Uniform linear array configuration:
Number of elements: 8
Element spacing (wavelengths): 1
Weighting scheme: kaiser
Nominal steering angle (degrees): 45
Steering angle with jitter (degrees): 45.346
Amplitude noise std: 0.05
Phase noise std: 0.05

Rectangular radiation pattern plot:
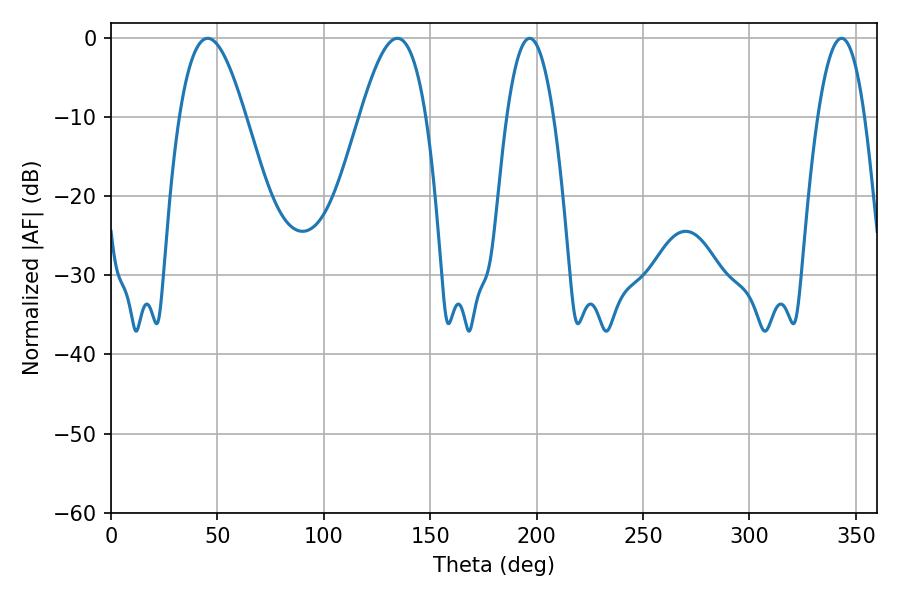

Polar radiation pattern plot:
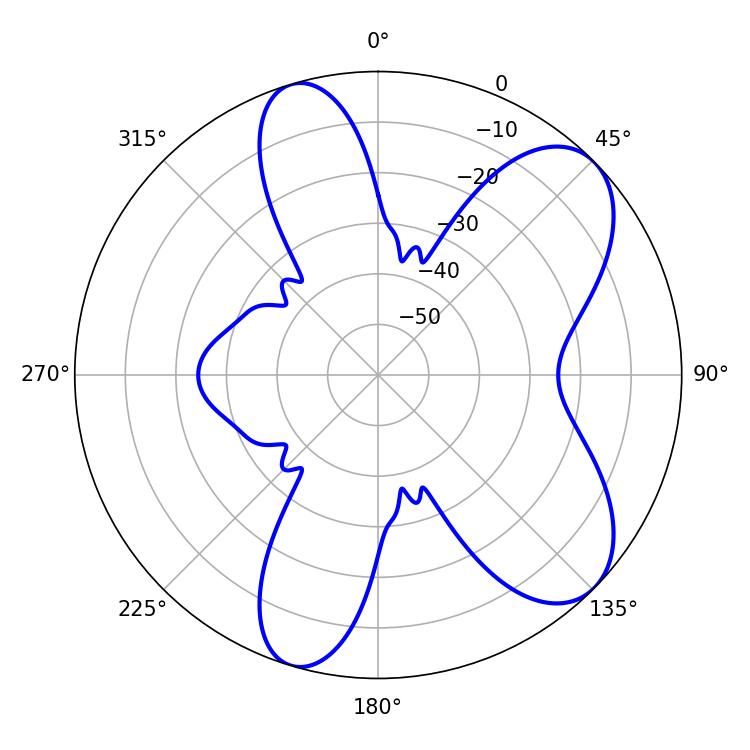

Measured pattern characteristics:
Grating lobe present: TRUE
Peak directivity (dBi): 7.78
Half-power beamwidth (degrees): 12.06
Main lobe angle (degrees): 196.74